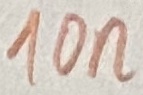
Text: 10n